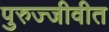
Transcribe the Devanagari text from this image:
पुरुज्जीवीत